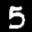
Label: 5